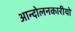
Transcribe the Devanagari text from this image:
आन्दोलनकारीयो